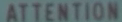
ATTENTION